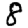
Digit: 8